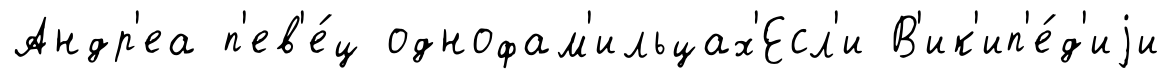
Андр'еа п'ев'е́ц однофам'ильцах'Есл'и В'ик'ип'е́д'иjи